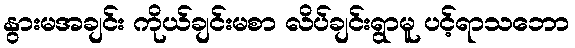
နွားမအချင်း ကိုယ်ချင်းမစာ လိပ်ချင်းရွာမူ ပင့်ရာသဘော